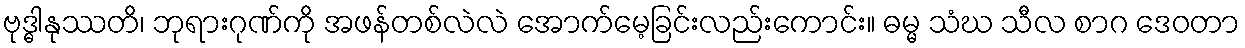
ဗုဒ္ဓါနုဿတိ၊ ဘုရားဂုဏ်ကို အဖန်တစ်လဲလဲ အောက်မေ့ခြင်းလည်းကောင်း။ ဓမ္မ သံဃ သီလ စာဂ ဒေဝတာ